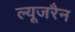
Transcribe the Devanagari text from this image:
ल्यूजरैन